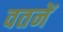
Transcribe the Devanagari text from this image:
वतनें